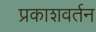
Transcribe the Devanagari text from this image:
प्रकाशवर्तन